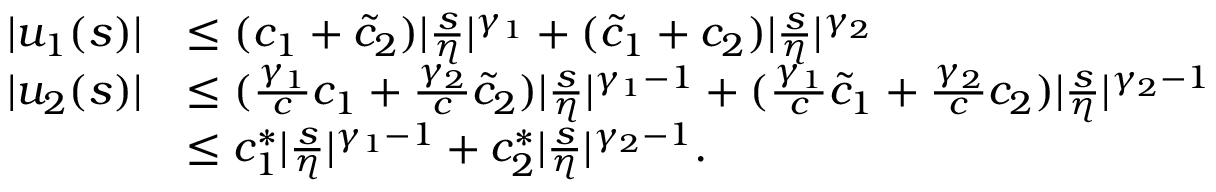
\begin{array} { r l } { \vert u _ { 1 } ( s ) \vert } & { \le ( c _ { 1 } + \tilde { c } _ { 2 } ) \vert \frac s \eta \vert ^ { \gamma _ { 1 } } + ( \tilde { c } _ { 1 } + c _ { 2 } ) \vert \frac s \eta \vert ^ { \gamma _ { 2 } } } \\ { \vert u _ { 2 } ( s ) \vert } & { \le ( \frac { \gamma _ { 1 } } { c } c _ { 1 } + \frac { \gamma _ { 2 } } { c } \tilde { c } _ { 2 } ) \vert \frac s \eta \vert ^ { \gamma _ { 1 } - 1 } + ( \frac { \gamma _ { 1 } } { c } \tilde { c } _ { 1 } + \frac { \gamma _ { 2 } } { c } c _ { 2 } ) \vert \frac s \eta \vert ^ { \gamma _ { 2 } - 1 } } \\ & { \le c _ { 1 } ^ { \ast } \vert \frac s \eta \vert ^ { \gamma _ { 1 } - 1 } + c _ { 2 } ^ { \ast } \vert \frac s \eta \vert ^ { \gamma _ { 2 } - 1 } . } \end{array}